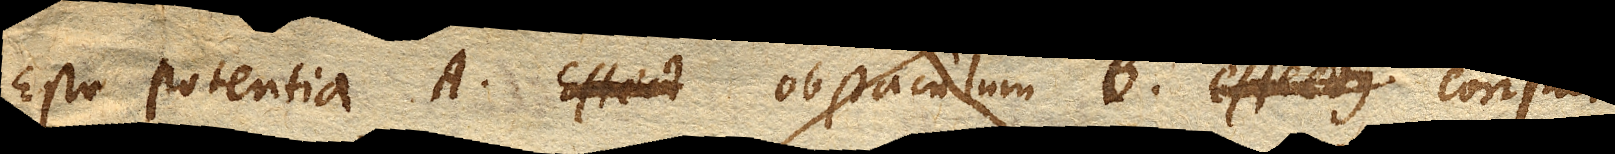
Esto potentia A. obstaculum B. effetus constat